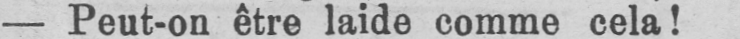
- Peut-on être laide comme cela!